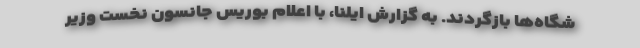
شگاه‌ها بازگردند. به گزارش ایلنا، با اعلام بوریس جانسون نخست وزیر